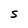
Character: S